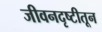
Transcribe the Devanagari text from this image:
जीवनदृष्टीतून